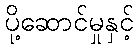
ပို့ဆောင်မှုနှင့်